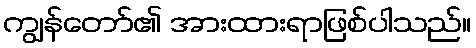
ကျွန်တော်၏ အားထားရာဖြစ်ပါသည်။